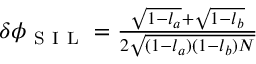
\begin{array} { r } { \delta \phi _ { \mathrm { ~ S ~ I ~ L ~ } } = \frac { \sqrt { 1 - l _ { a } } + \sqrt { 1 - l _ { b } } } { 2 \sqrt { ( 1 - l _ { a } ) ( 1 - l _ { b } ) N } } } \end{array}